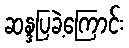
ဆန္ဒပြခဲ့ကြောင်း